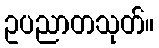
ဥပညာတသုတ်။